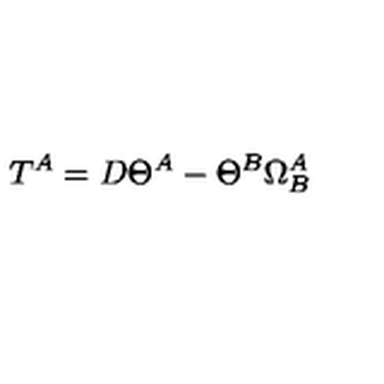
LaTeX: T ^ { A } = D \Theta ^ { A } - \Theta ^ { B } \Omega _ { B } ^ { A }